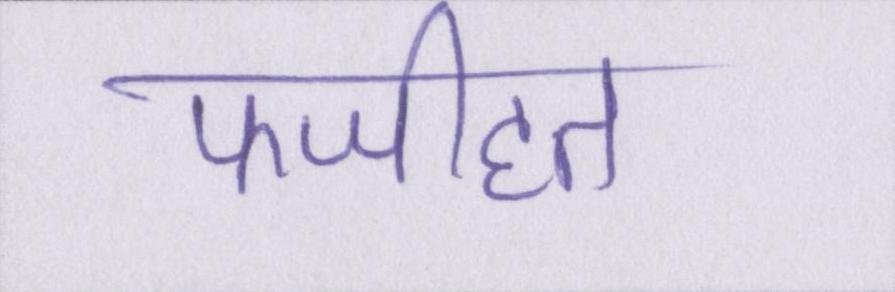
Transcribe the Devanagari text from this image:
फजीहत